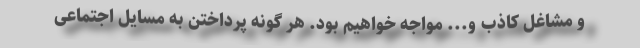
و مشاغل کاذب و... مواجه خواهیم بود. هر گونه پرداختن به مسایل اجتماعی